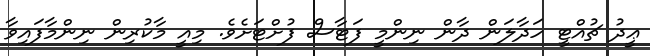
ޢީދު ޗުއްޓީ ހަދާލަން ދާން ނިންމީ ފަޓާސް ފުށްޓަށެވެ. މިއީ މާކުރިން ނިންމާފައިވާ